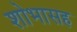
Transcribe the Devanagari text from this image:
शोभासह